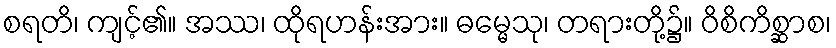
စရတိ၊ ကျင့်၏။ အဿ၊ ထိုရဟန်းအား။ ဓမ္မေသု၊ တရားတို့၌။ ဝိစိကိစ္ဆာစ၊